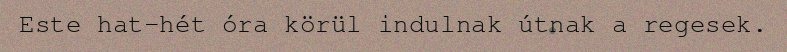
Este hat-hét óra körül indulnak útnak a regesek.